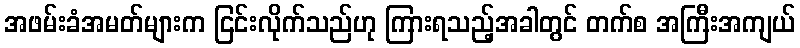
အဖမ်းခံအမတ်များက ငြင်းလိုက်သည်ဟု ကြားရသည့်အခါတွင် တက်စ အကြီးအကျယ်